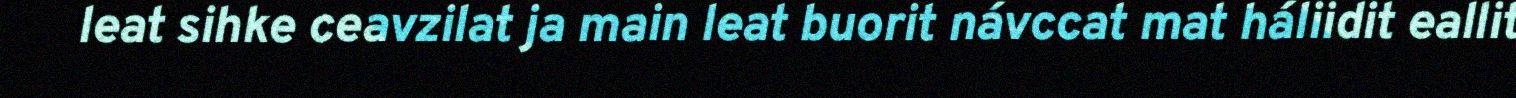
leat sihke ceavzilat ja main leat buorit návccat mat háliidit eallit